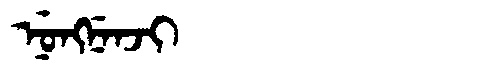
Manchu: ᠨᡠᠩᠨᡝᠨᠵᡳ
Romanization: NUNGNENJI